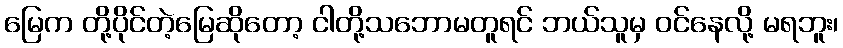
မြေက တို့ပိုင်တဲ့မြေဆိုတော့ ငါတို့သဘောမတူရင် ဘယ်သူမှ ဝင်နေလို့ မရဘူး၊